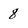
Character: 8